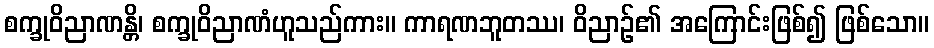
စက္ခုဝိညာဏန္တိ၊ စက္ခုဝိညာဏံဟူသည်ကား။ ကာရဏဘူတဿ၊ ဝိညာဉ်၏ အကြောင်းဖြစ်၍ ဖြစ်သော။